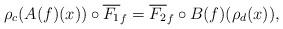
LaTeX: \begin{align*}\rho_c(A(f)(x)) \circ \overline{F_1}_f &= \overline{F_2}_f \circ B(f)(\rho_d(x)),\end{align*}